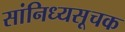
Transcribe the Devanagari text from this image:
सांनिध्यसूचक